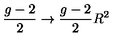
{ \frac { g - 2 } { 2 } } \to { \frac { g - 2 } { 2 } } R ^ { 2 }